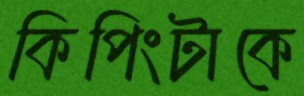
কিপিংটাকে